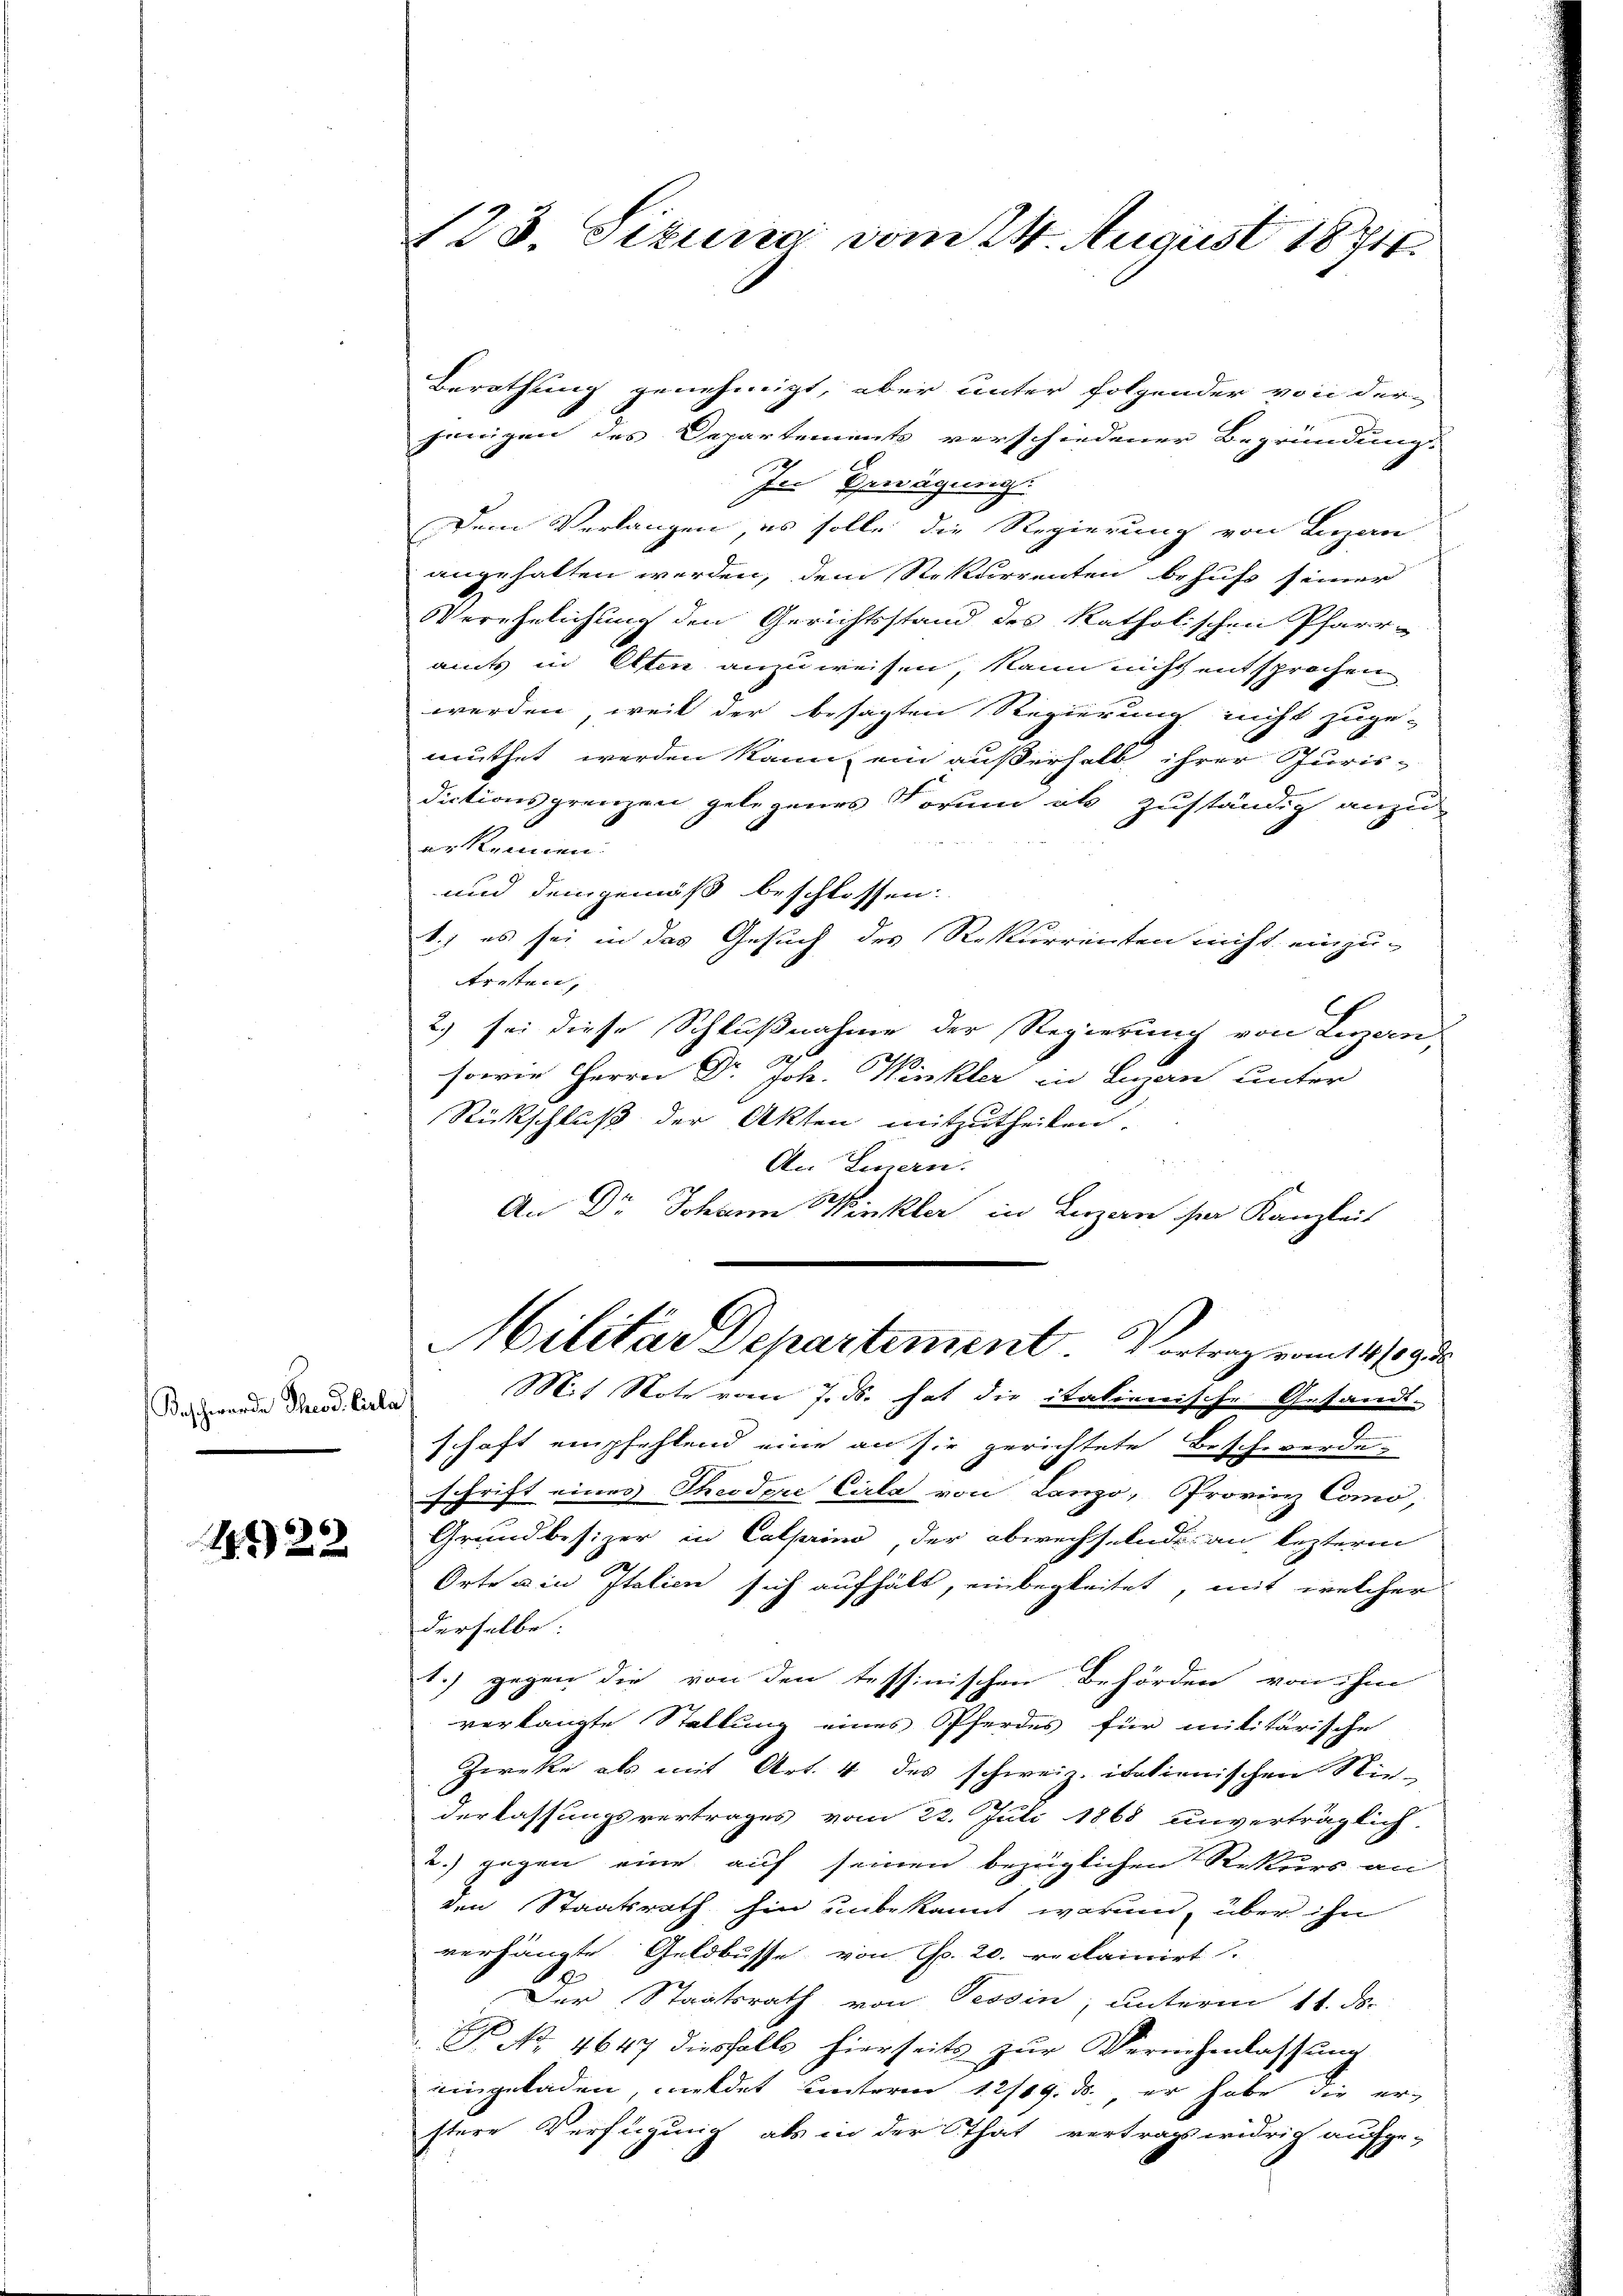
Beschwende Theod. Cala

1322

123. Sizung vom 24. August 1874.

Berathung genehmigt, aber unter folgender von der
jenigen des Departements verschiedener Begründung
In Bewägung.
Dem Verlangen, es solle die Regierung von Lugan
angehalten werden, dem Rekurrenten behufs seiner
Verehelichung den Gerichtsstand des katholischen Pfarramts in Olten anzuweisen, kann nicht entsprochen
werden, weil der besagten Regierung nicht zuge-
muthet werden kann, ein außerhalb ihrer Puris-
dictionsgrenzen gelegenes Vorum ab zuständig anzu-
erkennen.
und demgemäß beschlossen:
1.) es sei in das Gesuch des Rekurrenten nicht einzu-
tretten,
2) sei diese Schlußnahme der Regierung von Luzern,
8
sowie Herrn Dr. Joh. Winkler in Luzan unter
Rückschluß der Akten mitzutheilen.
An Einern.
An Dr. Johann Winkler in Luzern ser Kanzleit
Militar Departement. Vortrag vom 14./29.
Mit Note vom 7. ds. hat die italienische Gesandt-
schaft empfehlend eine an sie gerichtete Beschwerde
schrift eines Theodore Cirla von Lanzo, Provinz Como,
Grundbesizer in Calprino der abwechselnde an lezterm
Orte u in Italien sich aufhält, einbegleitet, mit welcher
derselbe:
1.) gegen die von den tessinischen Behörden von ihm
verlangte Stellung eines Pferdes für militärische
Zwecke als mit Art. 4 des schweiz. itationischen Nie-
derlassungsvertrages vom 22. Juli 1868 unverträglich
2.) gegen eine auf seinen bezüglichen Rekurs an
den Staatsrath hin unbekannt warum, über ihn
verhängte Geldbusse, von Fr. 20. reclainirt.
2
Der Staatsrath von Tessin, unterm 11. ds.
R No. 4647 diesfalls hierseits zŭr Vernehmlassŭng
eingeladen, meldet unterm 12/19. ds. er habe, die erstere Verfügung als in der That vertragswidrig aufge-